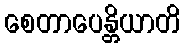
စေတာပေန္တိယာတိ